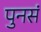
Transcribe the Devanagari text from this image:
पुनसं